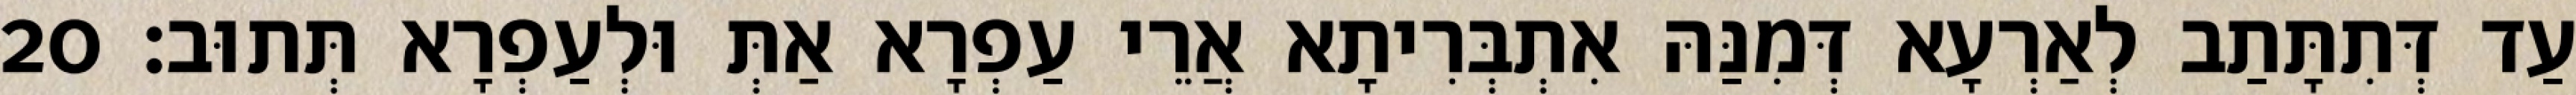
עַד דְּתִתָּתַב לְאַרְעָא דְּמִנַּהּ אִתְבְּרִיתָא אֲרֵי עַפְרָא אַתְּ וּלְעַפְרָא תְּתוּב׃ 20